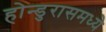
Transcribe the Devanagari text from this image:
होन्डुरासमध्ये